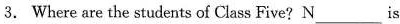
3.Where are the students of Class Five?N___is